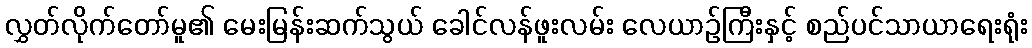
လွှတ်လိုက်တော်မူ၏ မေးမြန်းဆက်သွယ် ခေါင်လန်ဖူးလမ်း လေယာဉ်ကြီးနှင့် စည်ပင်သာယာရေးရုံး